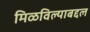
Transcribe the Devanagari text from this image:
मिळविल्याबद्दल